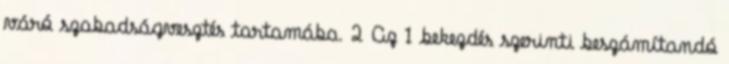
váró szabadságvesztés tartamába. 2 Az 1 bekezdés szerinti beszámítandó